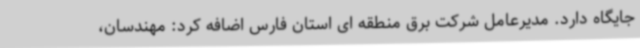
جایگاه دارد. مدیرعامل شرکت برق منطقه ای استان فارس اضافه کرد: مهندسان،